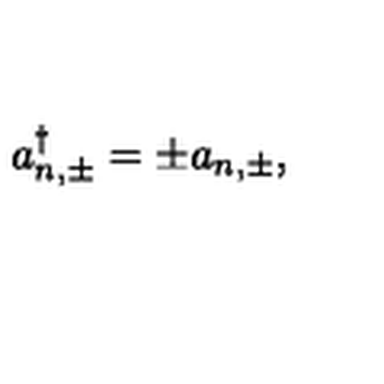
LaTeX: a _ { n , \pm } ^ { \dagger } = \pm a _ { n , \pm } { , }